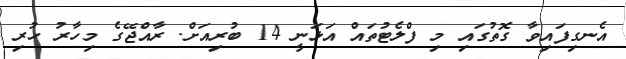
އެނގިފައިވާ ގޮތުގައި މި ފްލެޓުތައް އަޅަނީ 14 ބުރިއަށް. ރާއްޖޭގެ މިހާރު ހުރި